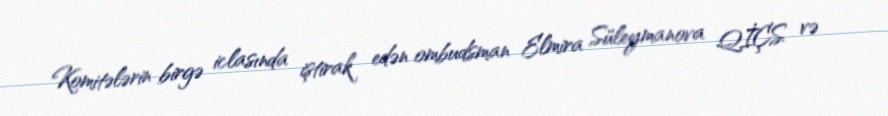
Komitələrin birgə iclasında iştirak edən ombudsman Elmira Süleymanova QİÇS və